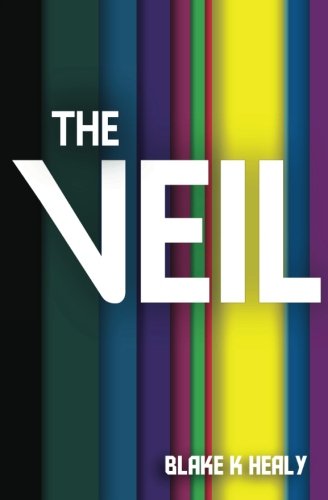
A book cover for The Veil; Blake K Healy; Religion & Spirituality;